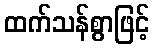
ထက်သန်စွာဖြင့်